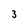
Character: 3